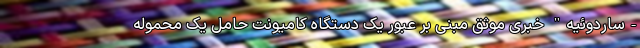
-ساردوئیه" خبری موثق مبنی بر عبور یک دستگاه کامیونت حامل یک محموله